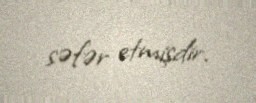
səfər etmişdir.